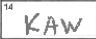
Transcription: KAW